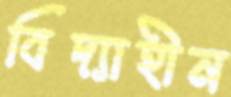
বিদ্যাহীন